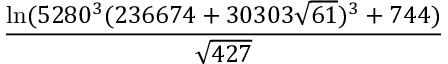
\frac { \ln ( 5 2 8 0 ^ { 3 } ( 2 3 6 6 7 4 + 3 0 3 0 3 { \sqrt { 6 1 } } ) ^ { 3 } + 7 4 4 ) } { \sqrt { 4 2 7 } }